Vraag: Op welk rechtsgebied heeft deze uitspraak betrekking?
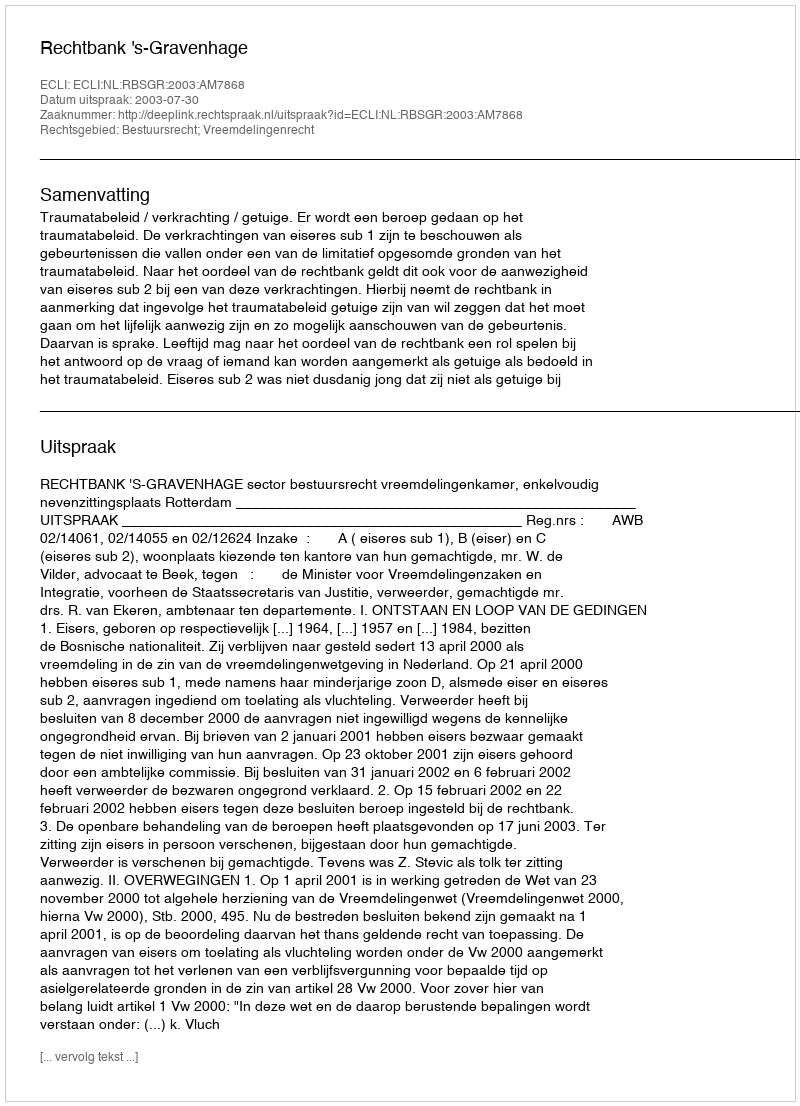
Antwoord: Bestuursrecht; Vreemdelingenrecht